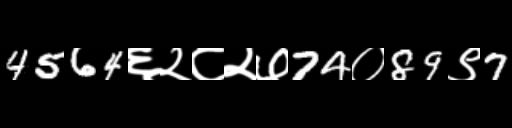
Text: 4564६२८२७74०89९7